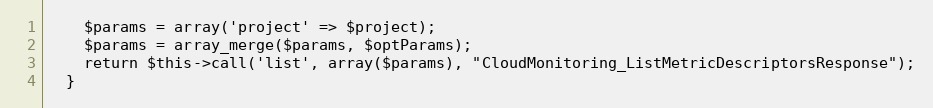
Language: PHP
    $params = array('project' => $project);
    $params = array_merge($params, $optParams);
    return $this->call('list', array($params), "CloudMonitoring_ListMetricDescriptorsResponse");
  }